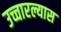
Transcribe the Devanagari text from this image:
उच्चारल्यास